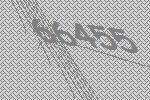
66455